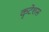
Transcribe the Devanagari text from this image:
कृटेशस